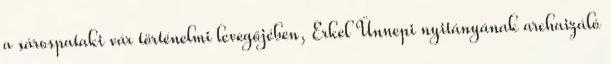
a sárospataki vár történelmi levegőjében, Erkel Ünnepi nyitányának archaizáló